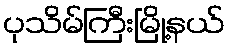
ပုသိမ်ကြီးမြို့နယ်